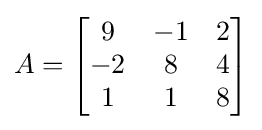
A={\begin{bmatrix}9&-1&2\\-2&8&4\\1&1&8\end{bmatrix}}